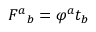
F ^ { a } { } _ { b } = \varphi ^ { a } t _ { b }